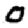
Digit: 0